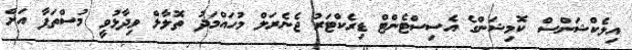
އިލެކްޝަންސް ކޮމިޝަންގެ އެސިސްޓެންޓް ޑިރެކްޓަރު ޖެނެރަލް މުހައްމަދު ތޮލާލް ވިދާޅުވީ މުސްތަފާ އަށް